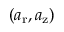
( a _ { \mathrm { r } } , a _ { \mathrm { z } } )